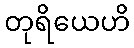
တုရိယေဟိ